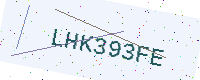
Text: LHK393FE